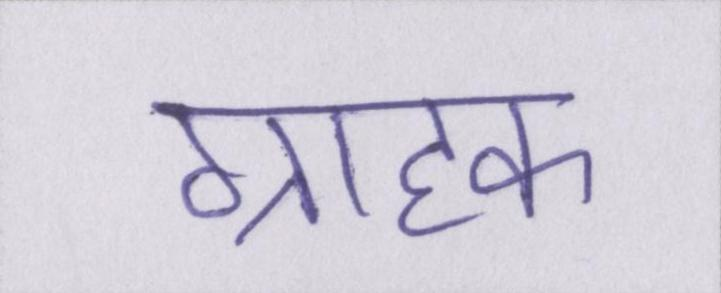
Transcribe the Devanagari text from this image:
ग्राहक